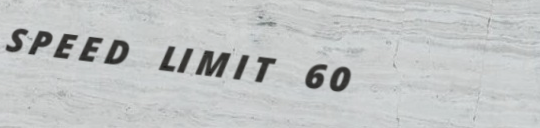
SPEED LIMIT 60